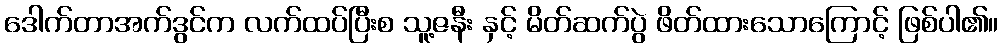
ဒေါက်တာအက်ဒွင်က လက်ထပ်ပြီးစ သူ့ဇနီး နှင့် မိတ်ဆက်ပွဲ ဖိတ်ထားသောကြောင့် ဖြစ်ပါ၏။